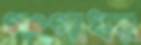
গংগাধর